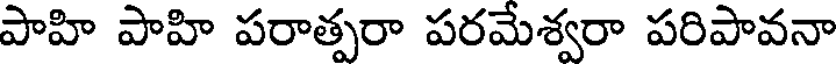
పాహి పాహి పరాత్పరా పరమేశ్వరా పరిపావనా